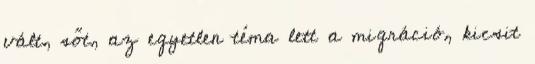
vált, sőt, az egyetlen téma lett a migráció, kicsit